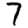
Digit: 7